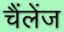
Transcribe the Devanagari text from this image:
चैंलेंज